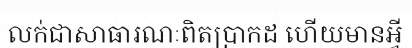
លក់ជាសាធារណៈពិតប្រាកដ ហើយមានអ្វី